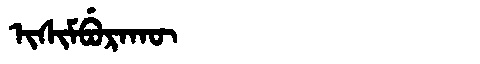
Manchu: ᡳᠰᡳᠮᠪᡠᡵᠠᡴᡡ
Romanization: ISIMBURAKŪ